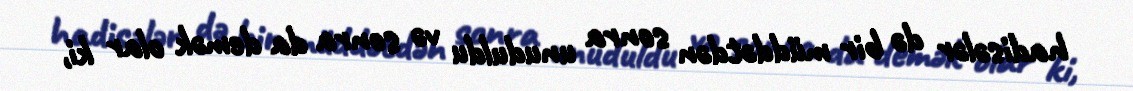
hadisələr də bir müddətdən sonra unuduldu və sonra da demək olar ki,